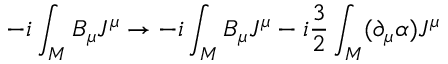
- i \int _ { M } B _ { \mu } J ^ { \mu } \rightarrow - i \int _ { M } B _ { \mu } J ^ { \mu } - i \frac { 3 } { 2 } \int _ { M } ( \partial _ { \mu } \alpha ) J ^ { \mu }